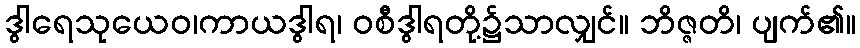
ဒွါရေသုယေဝ၊ကာယဒွါရ၊ ဝစီဒွါရတို့၌သာလျှင်။ ဘိဇ္ဇတိ၊ ပျက်၏။